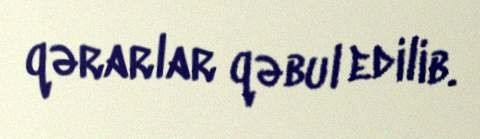
qərarlar qəbul edilib.